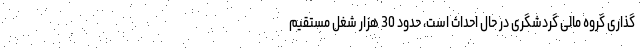
گذاری گروه مالی گردشگری در حال احداث است، حدود 30 هزار شغل مستقیم